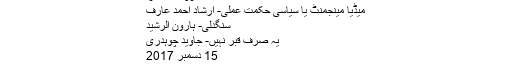
رؤف کلاسرا
میڈیا مینجمنٹ یا سیاسی حکمت عملی- ارشاد احمد عارف
سنگدلی- ہارون الرشید
یہ صرف قبر نہیں- جاوید چوہدری
15 دسمبر 2017
آپ آزاد ہیں!